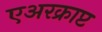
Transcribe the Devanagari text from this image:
एअरक्राप्ट